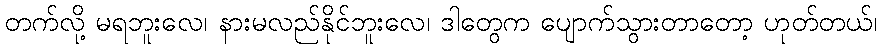
တက်လို့ မရဘူးလေ၊ နားမလည်နိုင်ဘူးလေ၊ ဒါတွေက ပျောက်သွားတာတော့ ဟုတ်တယ်၊